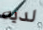
لديه